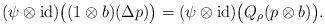
LaTeX: \begin{align*}(\psi\otimes\operatorname{id})\bigl((1\otimes b)(\Delta p)\bigr)=(\psi\otimes\operatorname{id})\bigl(Q_{\rho}(p\otimes b)\bigr).\end{align*}